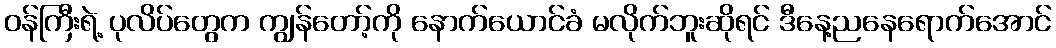
ဝန်ကြီးရဲ့ ပုလိပ်တွေက ကျွန်တော့်ကို နောက်ယောင်ခံ မလိုက်ဘူးဆိုရင် ဒီနေ့ညနေရောက်အောင်